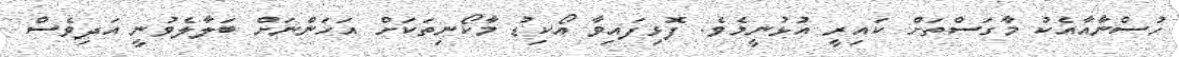
ހުސްނާއާއެކު މާގަސްތަށް ކައިރީ އުޅުނީމެވެ. ފޮޅިފައިވާ އޯކިޑު މާކޯނިތަކަށް އަހަންނަށް ބަލާލެވުނީ އަދިވެސް